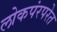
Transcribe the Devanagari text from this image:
लोकपंरपरेत